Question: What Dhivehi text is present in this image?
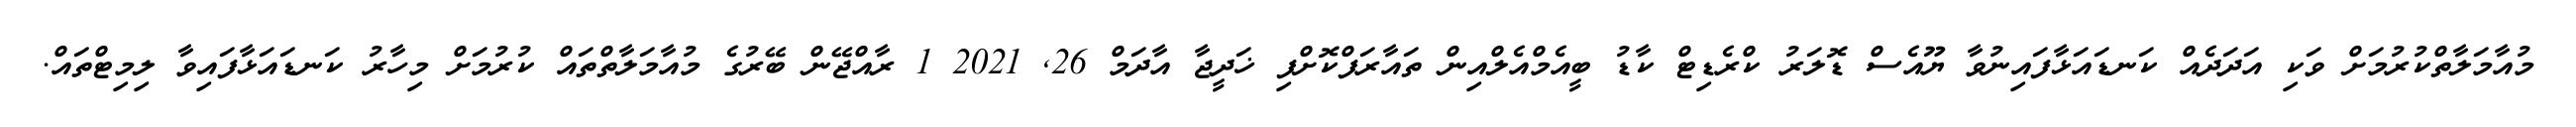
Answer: މުއާމަލާތްކުރުމަށް ވަކި އަދަދެއް ކަނޑައަޅާފައިނުވާ ޔޫއެސް ޑޮލަރު ކްރެޑިޓް ކާޑު ބީއެމްއެލްއިން ތައާރަފްކޮށްފި ޚަދީޖާ އާދަމް 26, 2021 1 ރާއްޖޭން ބޭރުގެ މުއާމަލާތްތައް ކުރުމަށް މިހާރު ކަނޑައަޅާފައިވާ ލިމިޓްތައް.